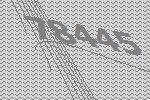
78445